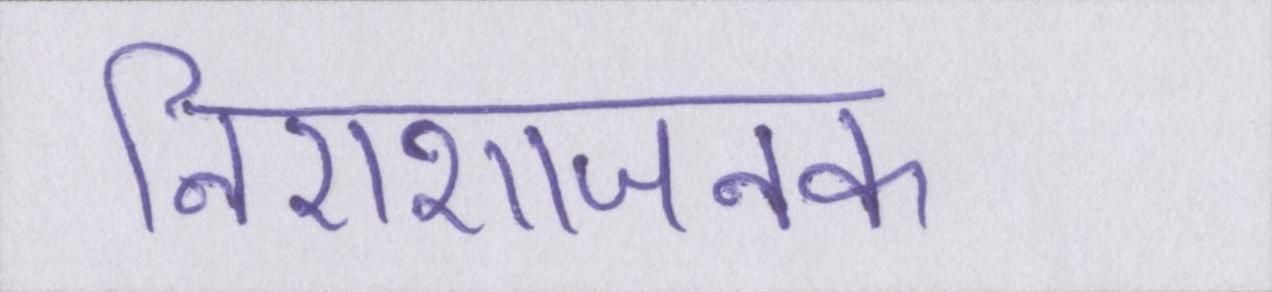
निराशाजनक